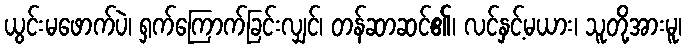
ယွင်းမဖောက်ပဲ၊ ရှက်ကြောက်ခြင်းလျှင်၊ တန်ဆာဆင်၏၊ လင်နှင့်မယား၊ သူတို့အားမူ၊